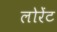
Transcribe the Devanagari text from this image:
लोरेंट